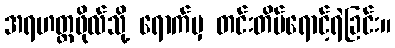
အရဟတ္တဖိုလ်သို့ ရောက်မှ တင်းတိမ်ရောင့်ရဲခြင်း။